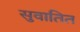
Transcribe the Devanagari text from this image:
सुवातित